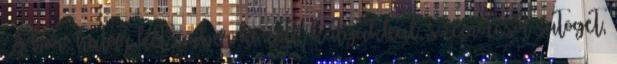
A bőr: határ két ember között; kutyákkal, szemölcsöt sütöget,